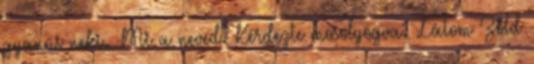
gyanús neki. -Mi a neved? Kérdezte mosolyogva. -Látom Zöld